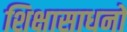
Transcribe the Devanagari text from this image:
शिक्षासाधनों